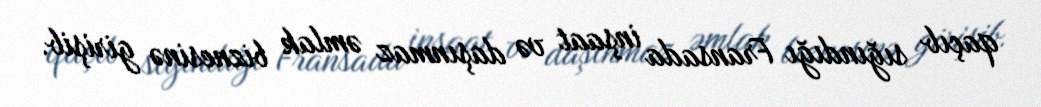
qaçıb sığındığı Fransada inşaat və daşınmaz əmlak biznesinə girişib.